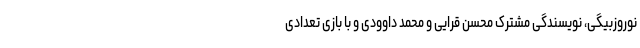
نوروزبیگی، نویسندگی مشترک محسن قرایی و محمد داوودی و با بازی تعدادی